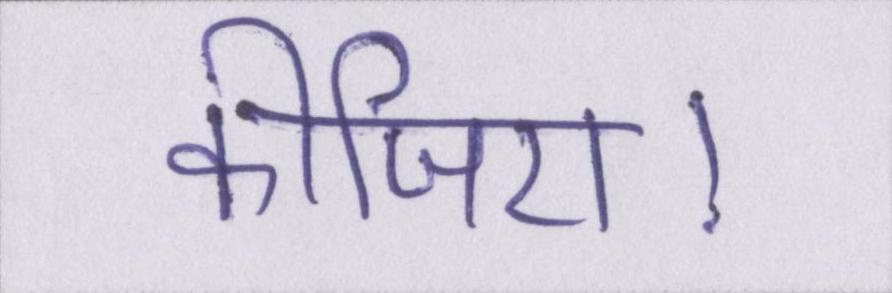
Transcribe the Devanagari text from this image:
कीजिए।